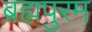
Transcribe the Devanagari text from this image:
ब्रह्मपुरम